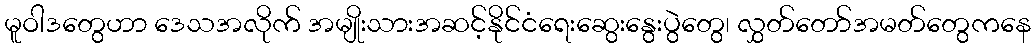
မူဝါဒတွေဟာ ဒေသအလိုက် အမျိုးသားအဆင့်နိုင်ငံရေးဆွေးနွေးပွဲတွေ၊ လွှတ်တော်အမတ်တွေကနေ